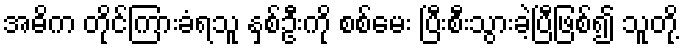
အဓိက တိုင်ကြားခံရသူ နှစ်ဦးကို စစ်မေး ပြီးစီးသွားခဲ့ပြီဖြစ်၍ သူတို့